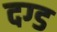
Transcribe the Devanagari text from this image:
दग्ड